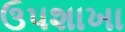
ઉપશાખા